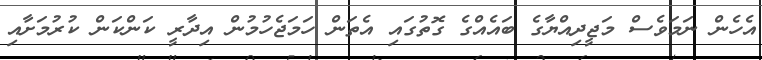
އެހެން ނަމަވެސް މަޖީދިއްޔާގެ ބައެއްގެ ގޮތުގައި އެތަން ހަމަޖެހުމުން އިދާރީ ކަންކަން ކުރުމަށާއި